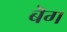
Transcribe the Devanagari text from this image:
बॆग